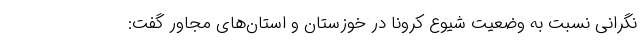
نگرانی نسبت به وضعیت شیوع کرونا در خوزستان و استان‌های مجاور گفت: